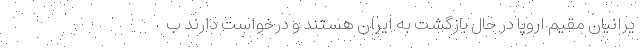
یرانیان مقیم اروپا در حال بازگشت به ایران هستند و درخواست دارند ب